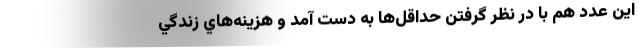
اين عدد هم با در نظر گرفتن حداقل‌ها به دست آمد و هزينه‌هاي زندگي